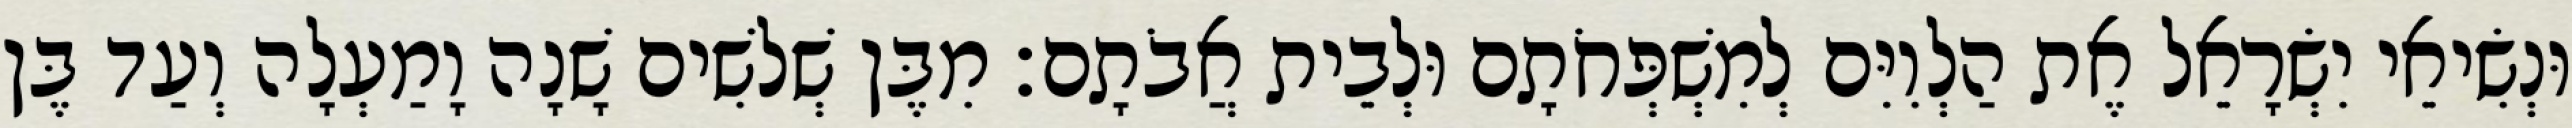
וּנְשִׂיאֵי יִשְׂרָאֵל אֶת הַלְוִיִּם לְמִשְׁפְּחֹתָם וּלְבֵית אֲבֹתָם׃ מִבֶּן שְׁלשִׁים שָׁנָה וָמַעְלָה וְעַד בֶּן